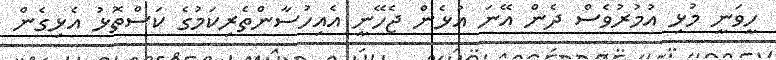
ހީވަނީ މުޅި އުމުރުވެސް ދެން އޭނަ އުޅެން ޖެހޭނީ އެއިހުސާންތެރިކަމުގެ ކަސްތޮޅު އެޅިގެން